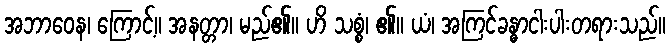
အဘာဝေန၊ ကြောင့်။ အနတ္တာ၊ မည်၏။ ဟိ သစ္စံ၊ ၏။ ယံ၊ အကြင်ခန္ဓာငါးပါးတရားသည်။